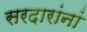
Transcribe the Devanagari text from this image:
सरदारांनां